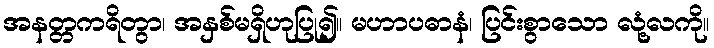
အနတ္တကရိတွာ၊ အနှစ်မရှိဟုပြု၍။ မဟာပဓာနံ၊ ပြင်းစွာသော လုံ့လကို။